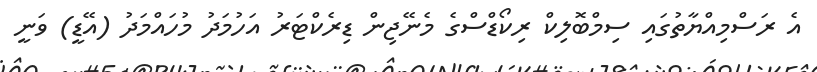
އެ ރަސްމިއްޔާތުގައި ސިމްބޮލިކް ރިކޯޑްސްގެ މެނޭޖިން ޑިރެކްޓަރު އަހުމަދު މުހައްމަދު (އޭޑީ) ވަނީ